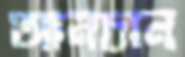
আনচান